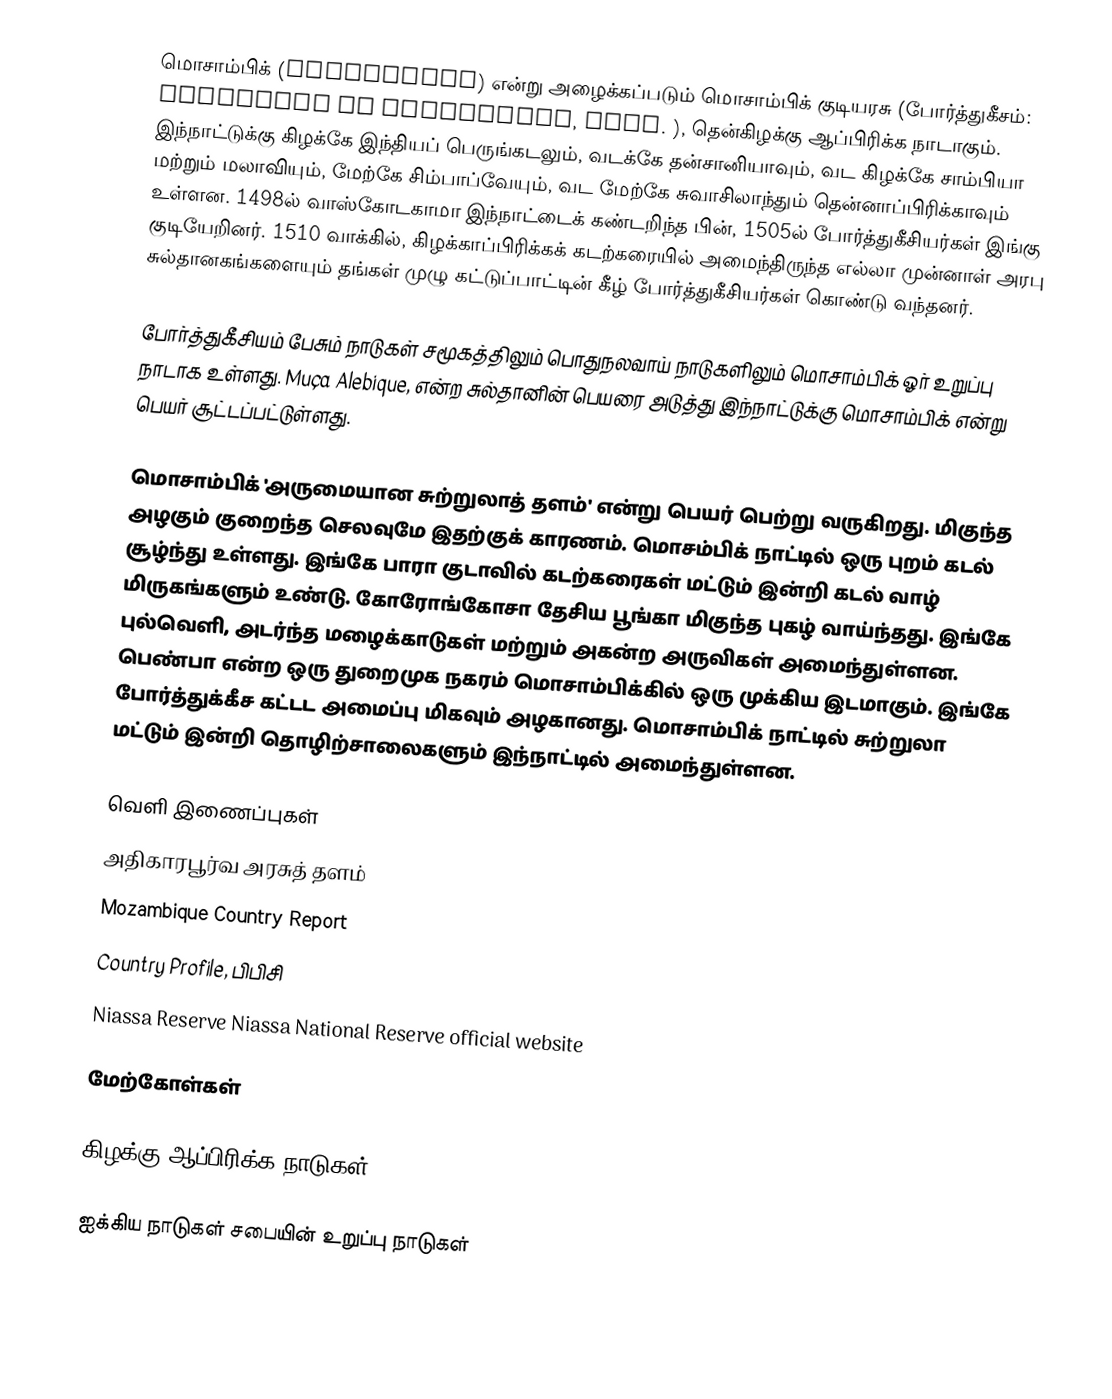
மொசாம்பிக் (Mozambique) என்று அழைக்கப்படும் மொசாம்பிக் குடியரசு (போர்த்துகீசம்: República de Moçambique, pron. ), தென்கிழக்கு ஆப்பிரிக்க நாடாகும். இந்நாட்டுக்கு கிழக்கே இந்தியப் பெருங்கடலும், வடக்கே தன்சானியாவும், வட கிழக்கே சாம்பியா மற்றும் மலாவியும், மேற்கே சிம்பாப்வேயும், வட மேற்கே சுவாசிலாந்தும் தென்னாப்பிரிக்காவும் உள்ளன. 1498ல் வாஸ்கோடகாமா இந்நாட்டைக் கண்டறிந்த பின், 1505ல் போர்த்துகீசியர்கள் இங்கு குடியேறினர். 1510 வாக்கில், கிழக்காப்பிரிக்கக் கடற்கரையில் அமைந்திருந்த எல்லா முன்னாள் அரபு சுல்தானகங்களையும் தங்கள் முழு கட்டுப்பாட்டின் கீழ் போர்த்துகீசியர்கள் கொண்டு வந்தனர்.

போர்த்துகீசியம் பேசும் நாடுகள் சமூகத்திலும் பொதுநலவாய் நாடுகளிலும் மொசாம்பிக் ஓர் உறுப்பு நாடாக உள்ளது. Muça Alebique, என்ற சுல்தானின் பெயரை அடுத்து இந்நாட்டுக்கு மொசாம்பிக் என்று பெயர் சூட்டப்பட்டுள்ளது.

மொசாம்பிக் 'அருமையான சுற்றுலாத் தளம்' என்று பெயர் பெற்று வருகிறது. மிகுந்த அழகும் குறைந்த செலவுமே இதற்குக் காரணம். மொசம்பிக் நாட்டில் ஒரு புறம் கடல் சூழ்ந்து உள்ளது. இங்கே பாரா குடாவில் கடற்கரைகள் மட்டும் இன்றி கடல் வாழ் மிருகங்களும் உண்டு. கோரோங்கோசா தேசிய பூங்கா மிகுந்த புகழ் வாய்ந்தது. இங்கே புல்வெளி, அடர்ந்த மழைக்காடுகள் மற்றும் அகன்ற அருவிகள் அமைந்துள்ளன. பெண்பா என்ற ஒரு துறைமுக நகரம் மொசாம்பிக்கில் ஒரு முக்கிய இடமாகும். இங்கே போர்த்துக்கீச கட்டட அமைப்பு மிகவும் அழகானது. மொசாம்பிக் நாட்டில் சுற்றுலா மட்டும் இன்றி தொழிற்சாலைகளும் இந்நாட்டில் அமைந்துள்ளன.

வெளி இணைப்புகள்
 அதிகாரபூர்வ அரசுத் தளம்
 Mozambique Country Report
 Country Profile, பிபிசி
 Niassa Reserve  Niassa National Reserve official website

மேற்கோள்கள்

கிழக்கு ஆப்பிரிக்க நாடுகள்

ஐக்கிய நாடுகள் சபையின் உறுப்பு நாடுகள்